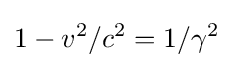
1-v^{2}/c^{2}=1/\gamma ^{2}